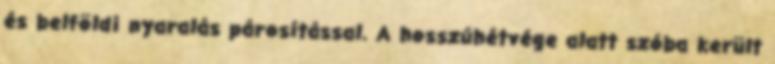
és belföldi nyaralás párosítással. A hosszúhétvége alatt szóba került